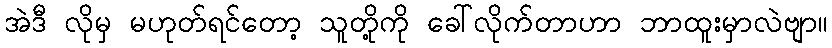
အဲဒီ လိုမှ မဟုတ်ရင်တော့ သူတို့ကို ခေါ်လိုက်တာဟာ ဘာထူးမှာလဲဗျာ။